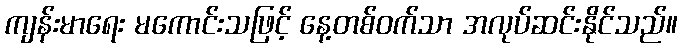
ကျန်းမာရေး မကောင်းသဖြင့် နေ့တစ်ဝက်သာ အလုပ်ဆင်းနိုင်သည်။